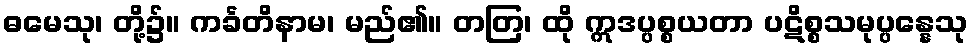
ဓမေသု၊ တို့၌။ ကင်္ခတိနာမ၊ မည်၏။ တတြ၊ ထို ဣဒပ္ပစ္စယတာ ပဋိစ္စသမုပ္ပန္နေသု